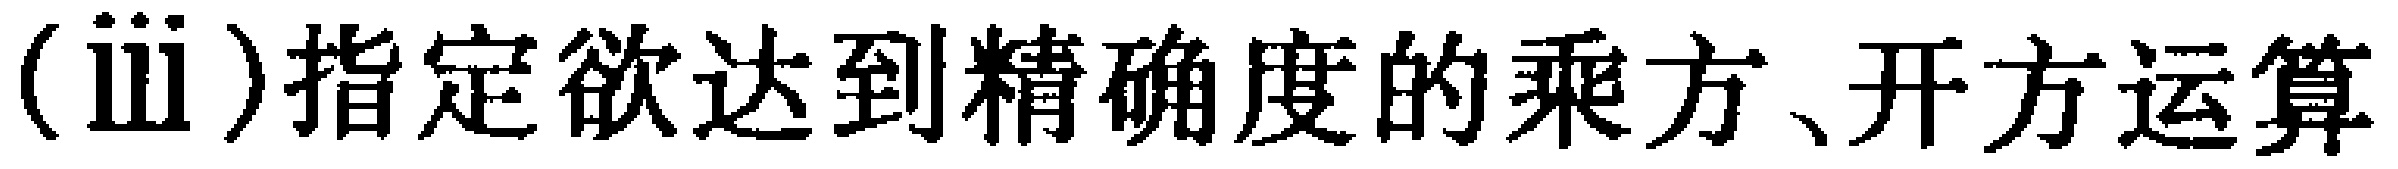
(iii)指定欲达到精确度的乘方、开方运算